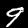
Label: 9